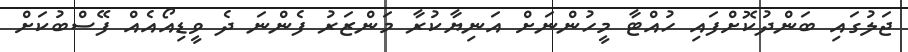
ޖަލުގައި ބަންދުކޮށްފައި ހުއްޓާ މީހުންނަށް އަނިޔާކުރާ މަންޒަރު ފެންނަ ދެ ވީޑިއޯއެއް ފޭސްބުކަށް